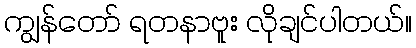
ကျွန်တော် ရတနာဗူး လိုချင်ပါတယ်။